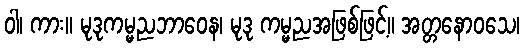
ဝါ၊ ကား။ မုဒုကမ္မညဘာဝေန၊ မုဒု ကမ္မညအဖြစ်ဖြင့်။ အတ္တနောဝသေ၊